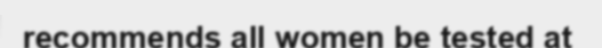
recommends all women be tested at